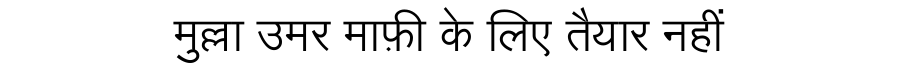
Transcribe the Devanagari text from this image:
मुल्ला उमर माफ़ी के लिए तैयार नहीं